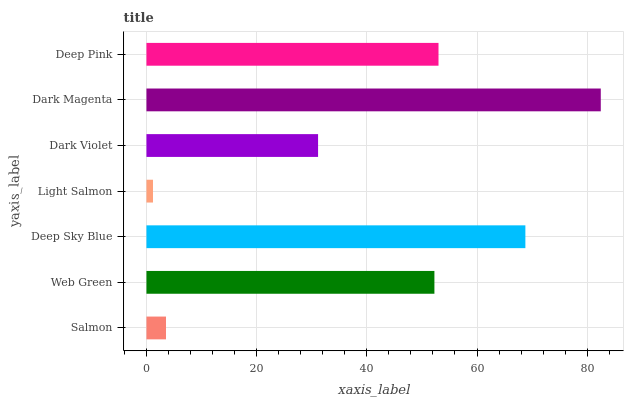
| yaxis_label | bars |
 | --- | --- |
 | Salmon | 3.55 |
 | Web Green | 52.3 |
 | Deep Sky Blue | 68.8 |
 | Light Salmon | 1.19 |
 | Dark Violet | 31.2 |
 | Dark Magenta | 82.5 |
 | Deep Pink | 53 |